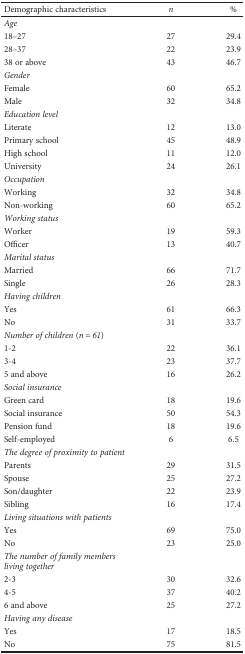
<table><thead><tr><td><b>Demographic characteristics</b></td><td><b><i>n</i></b></td><td><b>%</b></td></tr></thead><tbody><tr><td colspan="3"><i>Age</i></td></tr><tr><td>18–27</td><td>27</td><td>29.4</td></tr><tr><td>28–37</td><td>22</td><td>23.9</td></tr><tr><td>38 or above</td><td>43</td><td>46.7</td></tr><tr><td colspan="3"><i>Gender</i></td></tr><tr><td>Female</td><td>60</td><td>65.2</td></tr><tr><td>Male</td><td>32</td><td>34.8</td></tr><tr><td colspan="3"><i>Education level</i></td></tr><tr><td>Literate</td><td>12</td><td>13.0</td></tr><tr><td>Primary school</td><td>45</td><td>48.9</td></tr><tr><td>High school</td><td>11</td><td>12.0</td></tr><tr><td>University</td><td>24</td><td>26.1</td></tr><tr><td><i>Occupation</i></td><td></td><td></td></tr><tr><td>Working</td><td>32</td><td>34.8</td></tr><tr><td>Non-working</td><td>60</td><td>65.2</td></tr><tr><td colspan="3"><i>Working status</i></td></tr><tr><td>Worker</td><td>19</td><td>59.3</td></tr><tr><td>Officer</td><td>13</td><td>40.7</td></tr><tr><td><i>Marital status</i></td><td></td><td></td></tr><tr><td>Married</td><td>66</td><td>71.7</td></tr><tr><td>Single</td><td>26</td><td>28.3</td></tr><tr><td><i>Having children</i></td><td></td><td></td></tr><tr><td>Yes</td><td>61</td><td>66.3</td></tr><tr><td>No</td><td>31</td><td>33.7</td></tr><tr><td colspan="3"><i>Number of children</i> (<i>n</i> = 61)</td></tr><tr><td>1-2</td><td>22</td><td>36.1</td></tr><tr><td>3-4</td><td>23</td><td>37.7</td></tr><tr><td>5 and above</td><td>16</td><td>26.2</td></tr><tr><td><i>Social insurance</i></td><td></td><td></td></tr><tr><td>Green card</td><td>18</td><td>19.6</td></tr><tr><td>Social insurance</td><td>50</td><td>54.3</td></tr><tr><td>Pension fund</td><td>18</td><td>19.6</td></tr><tr><td>Self-employed</td><td>6</td><td>6.5</td></tr><tr><td colspan="3"><i>The degree of proximity to patient</i></td></tr><tr><td>Parents</td><td>29</td><td>31.5</td></tr><tr><td>Spouse</td><td>25</td><td>27.2</td></tr><tr><td>Son/daughter</td><td>22</td><td>23.9</td></tr><tr><td>Sibling</td><td>16</td><td>17.4</td></tr><tr><td colspan="3"><i>Living situations with patients</i></td></tr><tr><td>Yes</td><td>69</td><td>75.0</td></tr><tr><td>No</td><td>23</td><td>25.0</td></tr><tr><td><i>The number of family members living together</i></td><td></td><td></td></tr><tr><td>2-3</td><td>30</td><td>32.6</td></tr><tr><td>4-5</td><td>37</td><td>40.2</td></tr><tr><td>6 and above</td><td>25</td><td>27.2</td></tr><tr><td colspan="3"><i>Having any disease</i></td></tr><tr><td>Yes</td><td>17</td><td>18.5</td></tr><tr><td>No</td><td>75</td><td>81.5</td></tr></tbody></table>